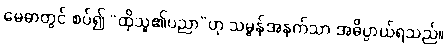
မေဓာတွင် စပ်၍ “ထိုသူ၏ပညာ”ဟု သမ္ဗန်အနက်သာ အဓိပ္ပာယ်ရသည်။